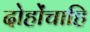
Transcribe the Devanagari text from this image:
दोहोंचाहि